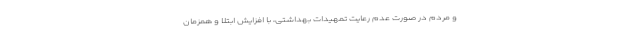
و مردم در صورت عدم رعایت تمهیدات بهداشتی، با افزایش ابتلا و همزمان